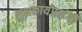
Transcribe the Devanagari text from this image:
शुभकार्यप्रसंगी